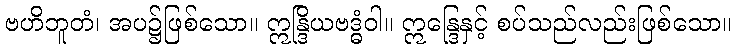
ဗဟိဘူတံ၊ အပ၌ဖြစ်သော။ ဣန္ဒြိယဗဒ္ဓံဝါ။ ဣန္ဒြေနှင့် စပ်သည်လည်းဖြစ်သော။